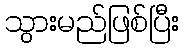
သွားမည်ဖြစ်ပြီး